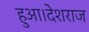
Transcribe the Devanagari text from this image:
हुआ।देशराज